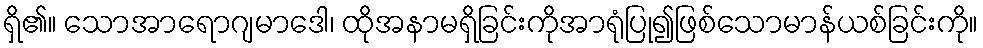
ရှိ၏။ သောအာရောဂျမာဒေါ၊ ထိုအနာမရှိခြင်းကိုအာရုံပြု၍ဖြစ်သောမာန်ယစ်ခြင်းကို။